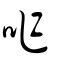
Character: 咋